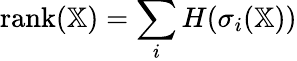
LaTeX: \operatorname{rank}(\mathbb{X})=\sum_{i}H(\sigma_{i}(\mathbb{X}))